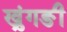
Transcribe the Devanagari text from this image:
ख्रुंगङी